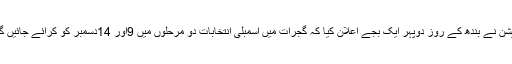
کمیشن نے بندھ کے روز دوپہر ایک بجے اعلان کیا کہ گجرات میں اسمبلی انتخابات دو مرحلوں میں 9اور 14دسمبر کو کرائے جائیں گے۔